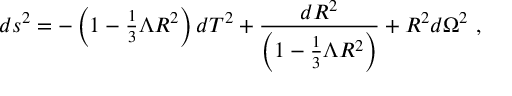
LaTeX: d s ^ { 2 } = - \left( 1 - \textstyle { \frac { 1 } { 3 } } \Lambda R ^ { 2 } \right) d T ^ { 2 } + \frac { d R ^ { 2 } } { \left( 1 - \frac { 1 } { 3 } \Lambda R ^ { 2 } \right) } + R ^ { 2 } d \Omega ^ { 2 } ~ ,